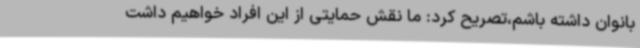
بانوان داشته باشم،تصریح کرد: ما نقش حمایتی از این افراد خواهیم داشت